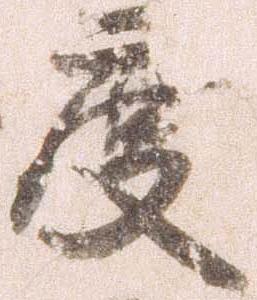
度